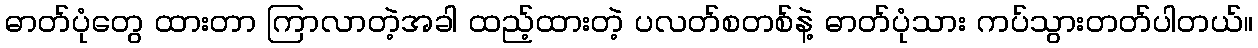
ဓာတ်ပုံတွေ ထားတာ ကြာလာတဲ့အခါ ထည့်ထားတဲ့ ပလတ်စတစ်နဲ့ ဓာတ်ပုံသား ကပ်သွားတတ်ပါတယ်။